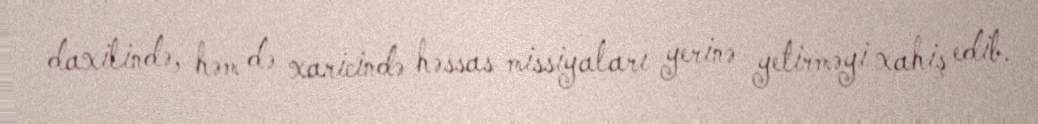
daxilində, həm də xaricində həssas missiyaları yerinə yetirməyi xahiş edib.